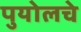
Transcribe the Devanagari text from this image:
पुयोलचे